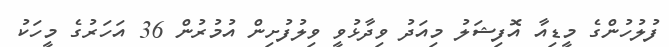
ފުލުހުންގެ މީޑިއާ އޮފިޝަލު މިއަދު ވިދާޅުވީ ވިލުފުށިން އުމުރުން 36 އަހަރުގެ މީހަކު